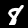
Digit: 8